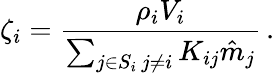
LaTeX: \zeta_{i}=\frac{\rho_{i}V_{i}}{\sum_{\substack{j\in S_{i}\, j\neq i}}K_{ij}\hat{m}_{j}}\, .